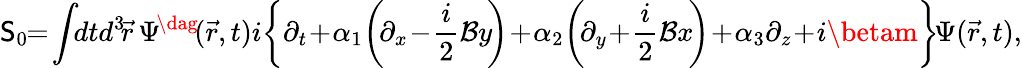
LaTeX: \mathsf{S}_{0}\! \! =\! \int\! \! dtd^{3}\! \vec{{r}}\, \Psi^{\! \dag}\! (\vec{{r}},t)i\! \left\{ \partial_{t}\! +\! \alpha_{1}\! \left(\! \partial_{x}\! -\! \frac{{i}}{{2}}{\mathcal{{B}}}y\! \right)\! +\! \alpha_{2}\! \left(\! \partial_{y}\! +\! \frac{{i}}{{2}}{\mathcal{{B}}}x\! \right)\! +\! \alpha_{3}\partial_{z}\! +\! i\betam\right\} \! \Psi(\vec{{r}},t),